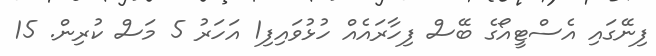
ފިނޭގައި އެސްޓީއޯގެ ބޭސް ފިހާރައެއް ހުޅުވައިފި1 އަހަރު 5 މަސް ކުރިން. 15